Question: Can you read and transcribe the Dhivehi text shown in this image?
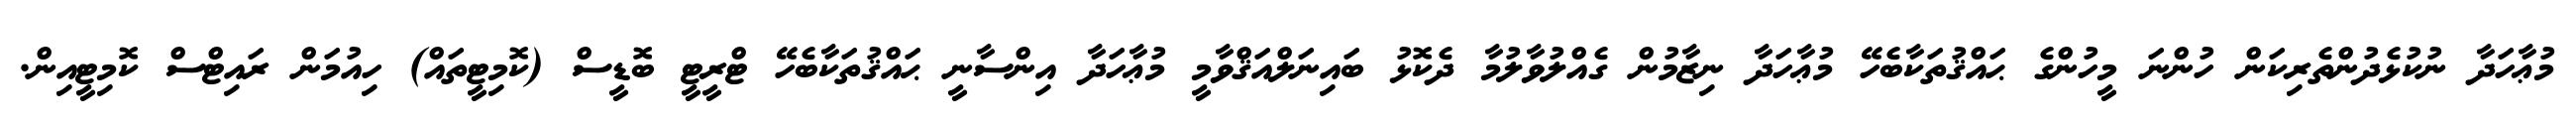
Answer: މުޢާހަދާ ނުކުޅެދުންތެރިކަން ހުންނަ މީހުންގެ ޙައްޤުތަކާބެހޭ މުޢާހަދާ ނިޒާމުން ގެއްލުވާލުމާ ދެކޮޅު ބައިނަލްއަޤްވާމީ މުޢާހަދާ އިންސާނީ ޙައްޤުތަކާބެހޭ ޓްރީޓީ ބޮޑީސް (ކޮމިޓީތައް) ހިއުމަން ރައިޓްސް ކޮމިޓީއިން.